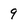
Character: 9